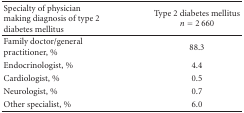
| Specialty of physician making diagnosis of type 2 diabetes mellitus | Type 2 diabetes mellitus n = 2 660 |
 | --- | --- |
 | Family doctor/general practitioner, % | 88.3 |
 | Endocrinologist, % | 4.4 |
 | Cardiologist, % | 0.5 |
 | Neurologist, % | 0.7 |
 | Other specialist, % | 6.0 |